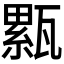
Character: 𤮉